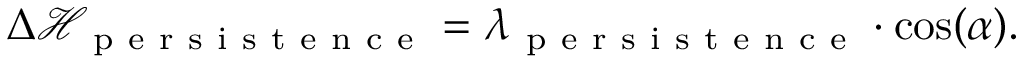
\Delta \mathcal { H } _ { \mathrm { ~ p ~ e ~ r ~ s ~ i ~ s ~ t ~ e ~ n ~ c ~ e ~ } } = \lambda _ { \mathrm { ~ p ~ e ~ r ~ s ~ i ~ s ~ t ~ e ~ n ~ c ~ e ~ } } \cdot \cos ( \alpha ) .